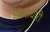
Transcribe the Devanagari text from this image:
छायाधारी